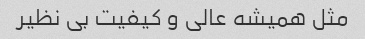
مثل همیشه عالی و کیفیت بی نظیر